Juri_Uluots, lk 161
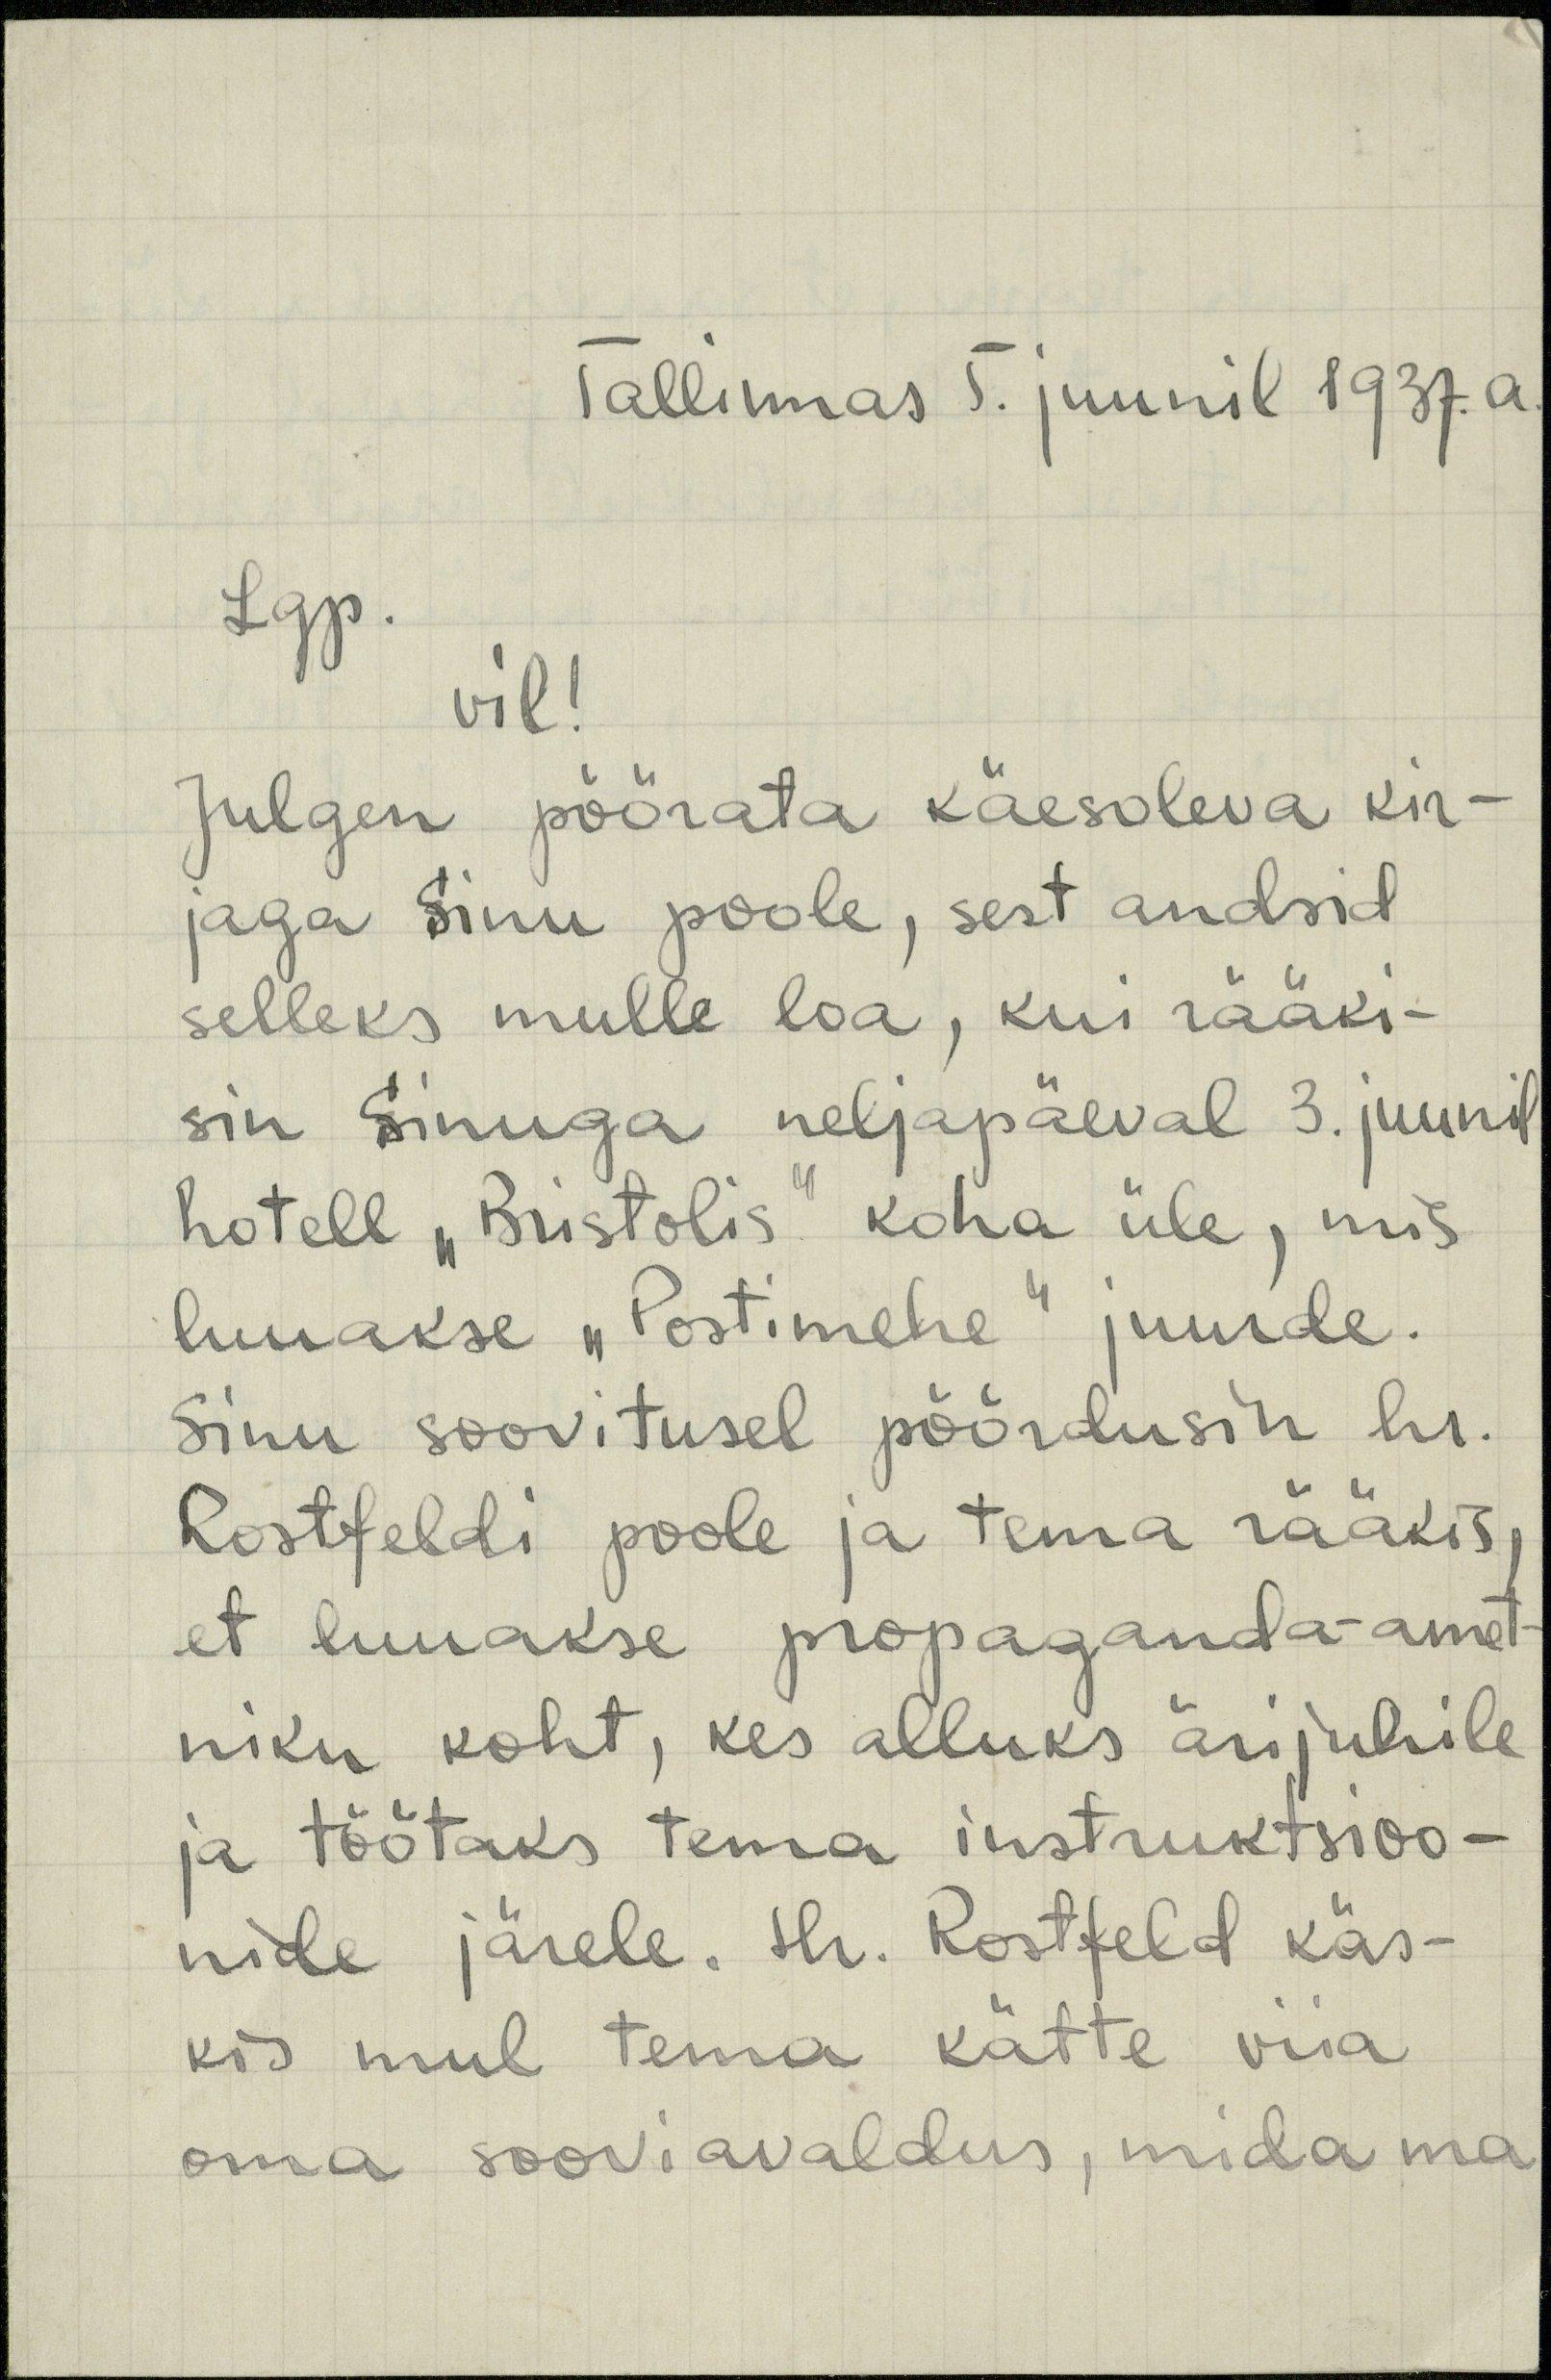
Tallinnas 5. juunil 1937. a
Lgp.
vil!
Julgen pöörata käesoleva kir-
jaga Sinu poole, sest andsid
selleks mulle loa, kui rääki-
sin Sinuga neljapäeval 3. juunil
hotell "Bristolis" koha üle, mis
luuakse "Postimehe" juurde.
Sinu soovitusel pöördusin hr.
Rostfeldi poole ja tema rääkis,
et luuakse propaganda-amet-
niku koht, kes alluks ärijuhile
ja töötaks tema instruktsioo-
nide järele. Hr. Rostfeld käs-
kis mul tema kätte viia
oma sooviavaldus, mida ma